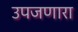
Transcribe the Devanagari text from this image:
उपजणारा